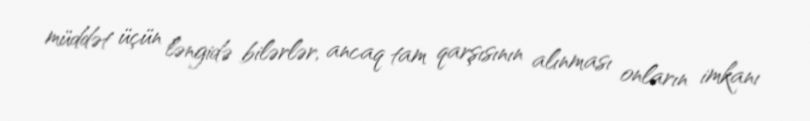
müddət üçün ləngidə bilərlər, ancaq tam qarşısının alınması onların imkanı